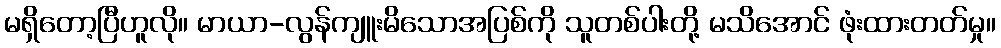
မရှိတော့ပြီဟူလို။ မာယာ-လွန်ကျူးမိသောအပြစ်ကို သူတစ်ပါးတို့ မသိအောင် ဖုံးထားတတ်မှု။